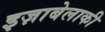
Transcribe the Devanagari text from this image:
इज़ाबेलाकी